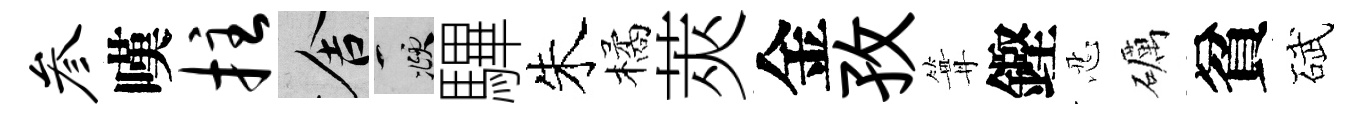
参嘆拄舍頫驆朱橘莢金孜篝鏗忍礪貧碔